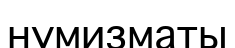
нумизматы